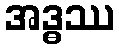
အဒ္ဓဿ